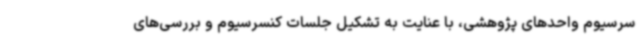
سرسیوم واحدهای پژوهشی، با عنایت به تشکیل جلسات کنسرسیوم و بررسی‌های